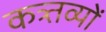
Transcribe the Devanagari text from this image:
कत्र्तव्यों